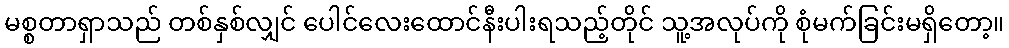
မစ္စတာရှာသည် တစ်နှစ်လျှင် ပေါင်လေးထောင်နီးပါးရသည့်တိုင် သူ့အလုပ်ကို စုံမက်ခြင်းမရှိတော့။